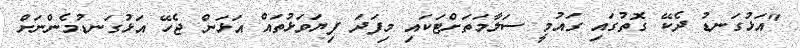
"އަޅުގަނޑު ދެކޭ ގޮތުގައި ގައުމީ ސަލާމަތަށްޓަކައި މިފަދަ ފިޔަވަޅުތައް އަޅަން ޖެހޭ އަޅުގަނޑުމެންނަށް